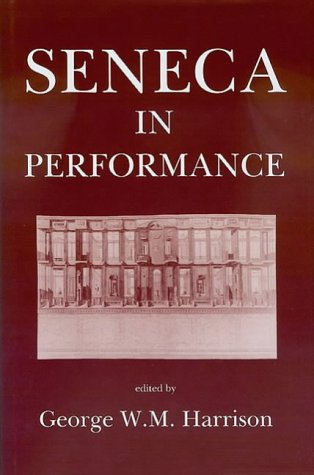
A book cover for Seneca in Performance; George W. M. Harrison; History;